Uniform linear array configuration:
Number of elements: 24
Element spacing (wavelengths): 1
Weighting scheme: exponential
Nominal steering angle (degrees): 45
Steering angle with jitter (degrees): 45.426
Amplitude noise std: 0.05
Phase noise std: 0.05

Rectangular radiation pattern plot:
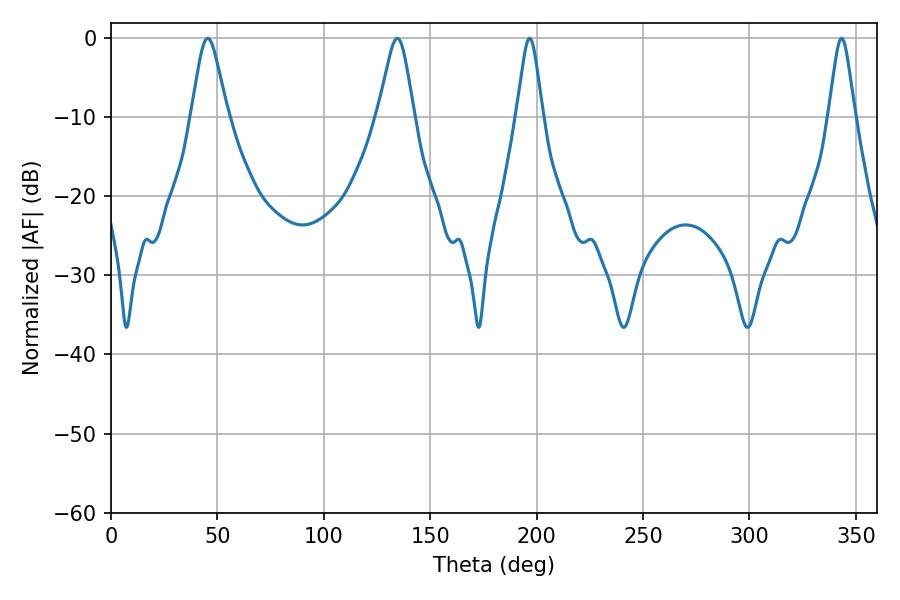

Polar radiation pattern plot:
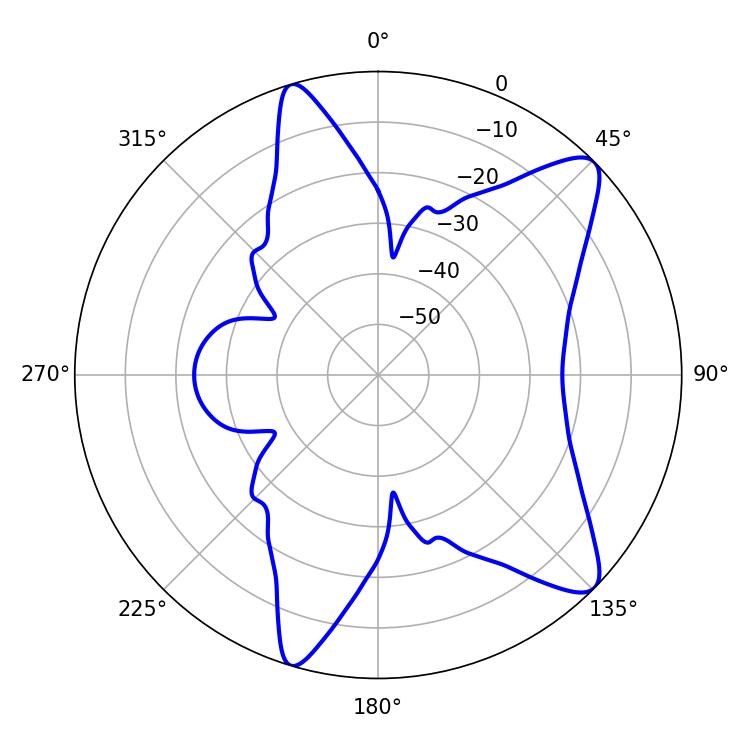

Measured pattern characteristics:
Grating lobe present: TRUE
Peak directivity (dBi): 10.398
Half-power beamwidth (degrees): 5.94
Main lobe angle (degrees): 196.74